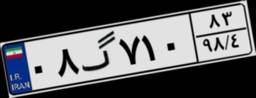
۰۸گ۷۱۰۸۳